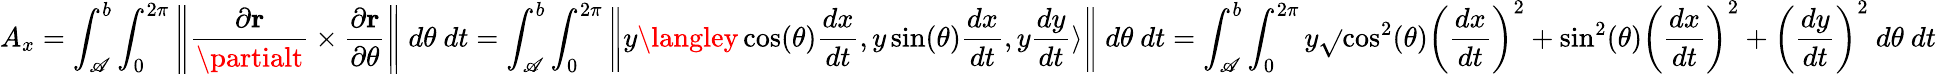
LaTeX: A_{x}=\int_{\mathscr{A}}^{b}\int_{0}^{2\pi}\left\| {\frac{{\partial\mathbf{{r}}}}{{\partialt}}}\times{\frac{{\partial\mathbf{{r}}}}{{\partial\theta}}}\right\| \ d\theta\ dt=\int_{\mathscr{A}}^{b}\int_{0}^{2\pi}\left\| y\langley\cos(\theta){\frac{{dx}}{{dt}}},y\sin(\theta){\frac{{dx}}{{dt}}},y{\frac{{dy}}{{dt}}}\rangle\right\| \ d\theta\ dt=\int_{\mathscr{A}}^{b}\int_{0}^{2\pi}y{\sqrt{}{{\cos^{2}(\theta)\left({\frac{{dx}}{{dt}}}\right)^{2}+\sin^{2}(\theta)\left({\frac{{dx}}{{dt}}}\right)^{2}+\left({\frac{{dy}}{{dt}}}\right)^{2}}}}\ d\theta\ dt